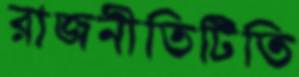
রাজনীতিটিতি